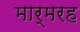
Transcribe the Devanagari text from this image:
मार्मरह